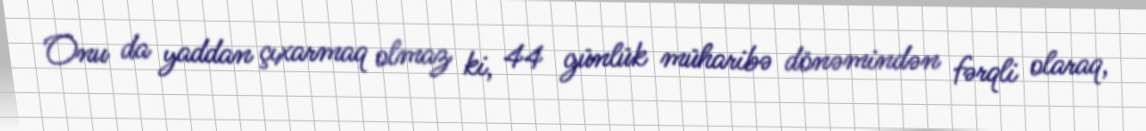
Onu da yaddan çıxarmaq olmaz ki, 44 günlük müharibə dönəmindən fərqli olaraq,